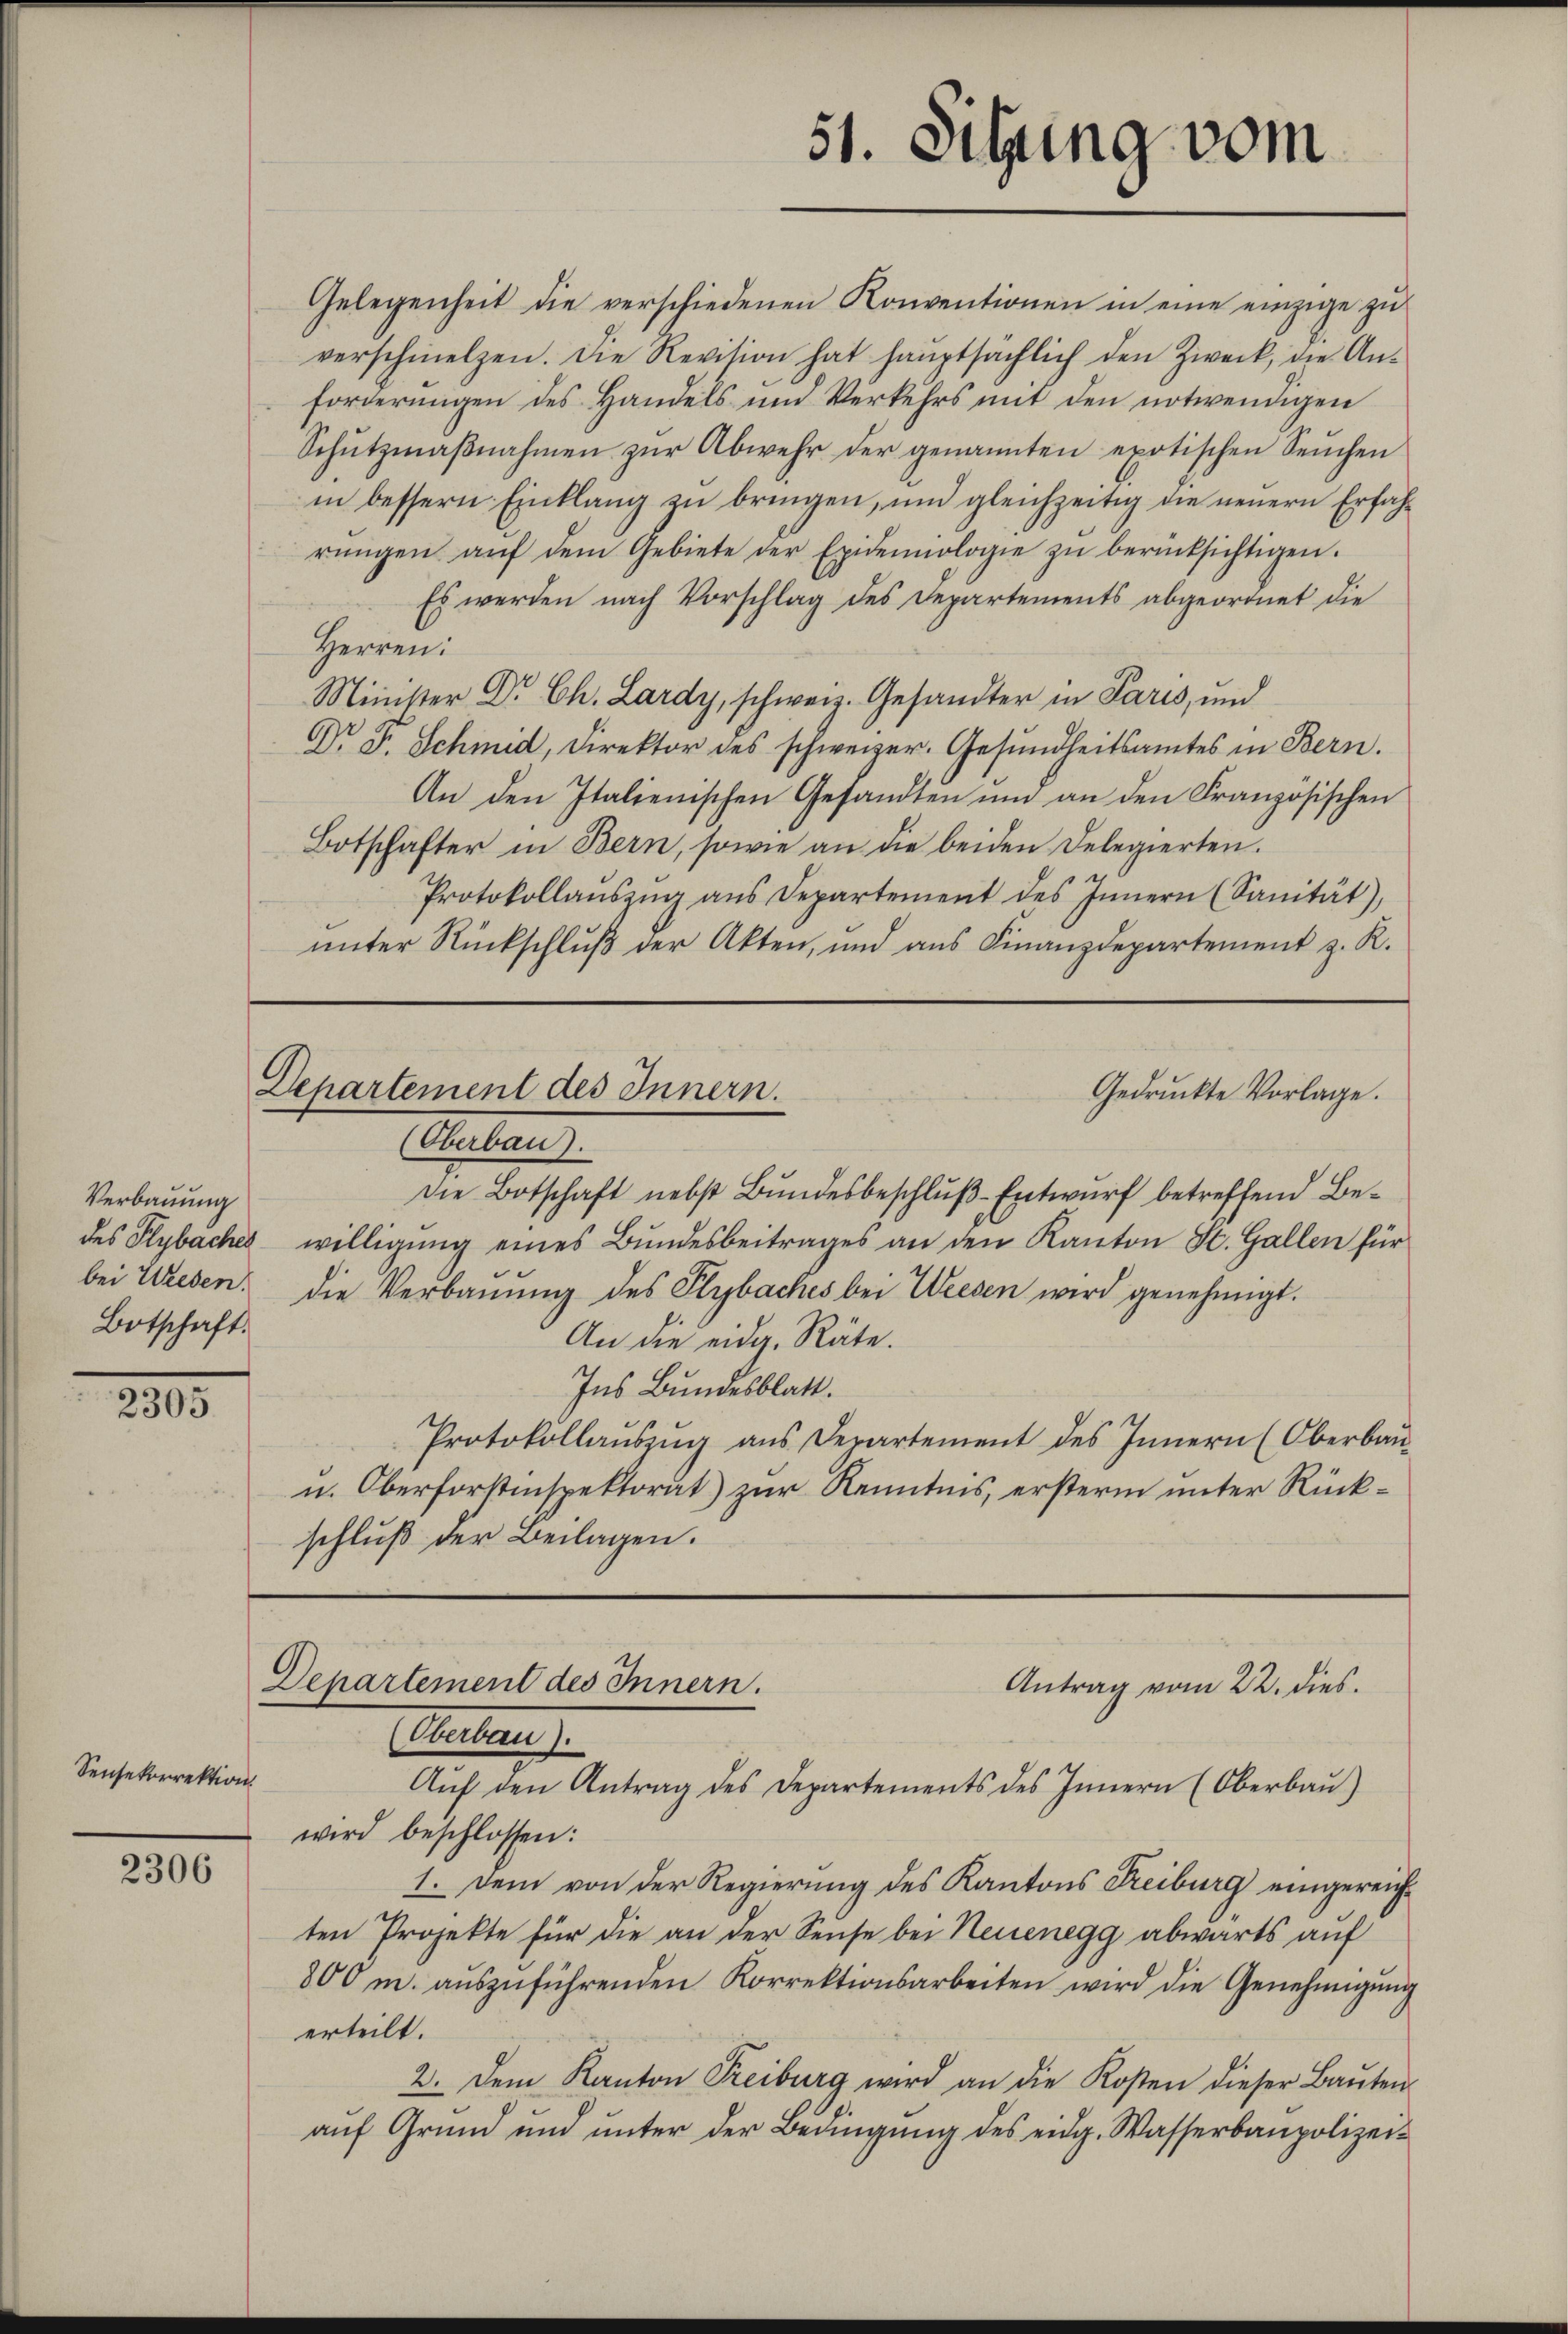
Verbauung
des Plybachel
Botschaft.

2305

Sensekorrektion

2306

Gelegenheit die verschiedenen Konventionen in eine einzige zu
verschmelzen. Die Revision hat haŭptsächlich den Zweck, die An-
forderungen des Handels und Verkehrs mit den notwendigen
Schŭtzmaβnahmen zŭr Abwehr der genannten exotischen Seuchen
in bessern Einklang zŭ bringen, um gleichzeitig die neuern Erfahrŭngen aŭf dem Gebiete der Epidemiologie zŭ berücksichtigen.
Es werden nach Vorschlag des Departements abgeordnet die
Herren:
Minister Dr. Ch. Lardy, schweiz. Gesandter in Paris, und
Dr. F. Schmid, Direktor des schweizer. Gesundheitsamtes in Bern.
An den Italienischen Gesandten und an den Französischen
Botschafter in Bern, sowie an die beiden Delegierten.
Protokollaŭszŭg ans Departement des Innern (Sanität),
unter Rückschluß der Akten, und aus Finanzdepartement z. R.

Departement des Innern.

51. Sitzung vom

Gedruckte Vorlage.
Antan
Die Botschaft nebst Bundesbeschluβ-Entwurf betreffend Bewilligung eines Bundesbeitrages an den Kanton St. Gallen für
bei Wieden, die Verbaŭŭng des Plybaches bei Weesen wird genehmigt.
An die eidg. Räte.
Ins Bundesblatt.
Protokollaŭszŭg ans Departement des Innern (Oberbau
u. Oberforstinspektorat) zur Kenntnis, ersterm unter Rückschluß der Beilagen.

Departement des Innern.
Antrag vom 22. dies
Gebau
Aŭf den Antrag des Departements des Innern (Oberbau)

wird beschlossen:
1. Dem von der Regierung des Kantons Freiburg eingereichten Projekte für die an der Seuse bei Neuenegg abwärts auf
800 m. aŭszŭführenden Korrektionsarbeiten wird die Genehmigung
erteilt.
2. Dem Kanton Freiburg wird an die Kosten dieser Baŭten
aŭf Grŭnd ŭnd ŭnter der Bedingŭng des eidg. Wasserbaupolizei-